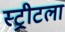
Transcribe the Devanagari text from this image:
स्ट्रीटला